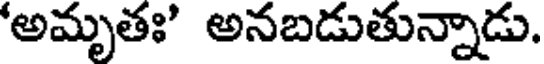
'అమృతః' అనబడుతున్నాడు.